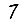
Digit: 7